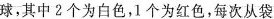
球，其中2个为白色，1个为红色，每次从袋